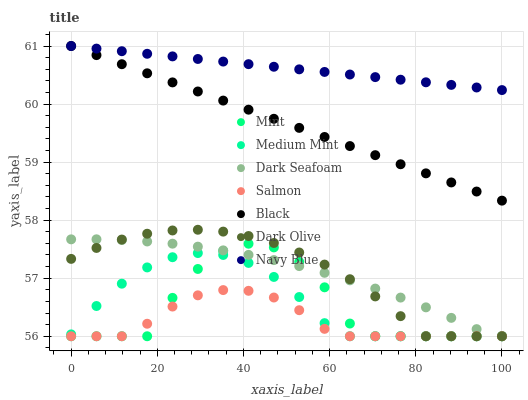
| xaxis_label | Mint | Medium Mint | Dark Seafoam | Salmon | Black | Dark Olive | Navy Blue |
 | --- | --- | --- | --- | --- | --- | --- | --- |
 | 0 | 56 | 56 | 57.7 | 56 | 61 | 57.3 | 61 |
 | 5.88 | 56 | 56.5 | 57.7 | 56 | 60.8 | 57.5 | 61 |
 | 11.8 | 56 | 56.9 | 57.7 | 56 | 60.7 | 57.7 | 60.9 |
 | 17.6 | 56 | 57.2 | 57.6 | 56.2 | 60.5 | 57.8 | 60.9 |
 | 23.5 | 56.7 | 57.4 | 57.6 | 56.5 | 60.4 | 57.8 | 60.8 |
 | 29.4 | 57.2 | 57.4 | 57.5 | 56.7 | 60.2 | 57.8 | 60.8 |
 | 35.3 | 57.5 | 57.4 | 57.5 | 56.8 | 60.1 | 57.8 | 60.7 |
 | 41.2 | 57.6 | 57.3 | 57.4 | 56.8 | 59.9 | 57.7 | 60.7 |
 | 47.1 | 57.5 | 57 | 57.3 | 56.7 | 59.7 | 57.6 | 60.6 |
 | 52.9 | 57.3 | 56.7 | 57.2 | 56.4 | 59.6 | 57.4 | 60.6 |
 | 58.8 | 56.8 | 56.2 | 57.1 | 56.1 | 59.4 | 57.2 | 60.6 |
 | 64.7 | 56.2 | 56 | 57 | 56 | 59.3 | 57 | 60.5 |
 | 70.6 | 56 | 56 | 56.8 | 56 | 59.1 | 56.7 | 60.5 |
 | 76.5 | 56 | 56 | 56.7 | 56 | 59 | 56.3 | 60.4 |
 | 82.4 | 56 | 56 | 56.5 | 56 | 58.8 | 56 | 60.4 |
 | 88.2 | 56 | 56 | 56.3 | 56 | 58.6 | 56 | 60.3 |
 | 94.1 | 56 | 56 | 56.1 | 56 | 58.5 | 56 | 60.3 |
 | 100 | 56 | 56 | 56 | 56 | 58.3 | 56 | 60.2 |